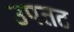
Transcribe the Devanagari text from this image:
उपतट